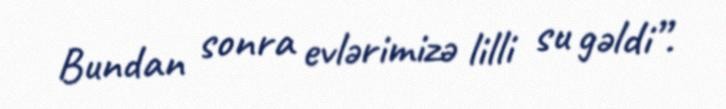
Bundan sonra evlərimizə lilli su gəldi”.